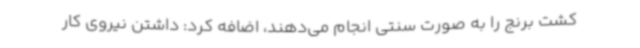
کشت برنج را به صورت سنتی انجام می‌دهند، اضافه کرد: داشتن نیروی کار